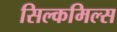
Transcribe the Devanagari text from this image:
सिल्कमिल्स